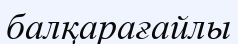
балқарағайлы